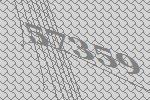
57359